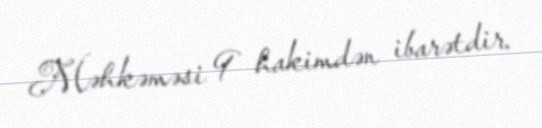
Məhkəməsi 9 hakimdən ibarətdir.